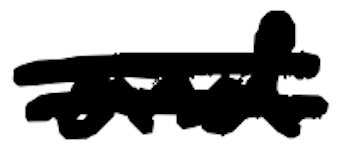
Text: and
Cross-out: mix
Writing tool: digital_black